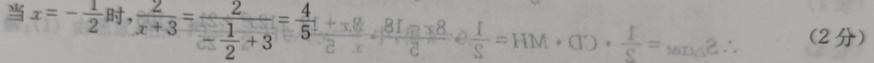
当$x = -\frac{1}{2}$时，$\frac{2}{x + 3} = \frac{2}{-\frac{1}{2} + 3} = \frac{4}{5}$  （2分）